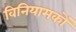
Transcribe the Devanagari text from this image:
विनियामकों